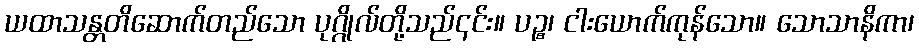
ယထာသန္တတိဆောက်တည်သော ပုဂ္ဂိုလ်တို့သည်၎င်း။ ပဉ္စ၊ ငါးယောက်ကုန်သော။ သောသာနိကာ၊